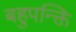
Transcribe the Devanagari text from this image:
बहुपन्क्ति